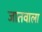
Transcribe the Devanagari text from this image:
जातवाला